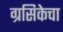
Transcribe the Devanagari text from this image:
ग्रसिकेचा